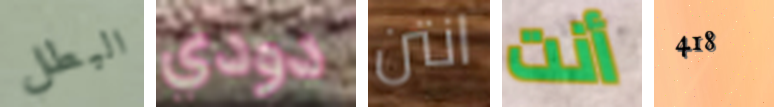
البطل دودي انتن أنت 418